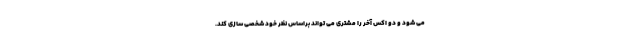
می شود و دو اکس آخر را مشتری می تواند براساس نظر خود شخصی سازی کند.